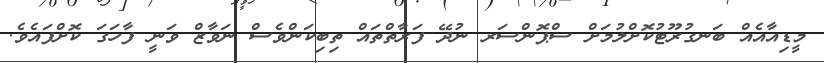
މީޑިއާއެއް ބަނގުރޫޓުކޮށްލުމަށް ސްޕޮންސަރ ނުދޭ ފަރާތްތައް ތިބިކަންވެސް ނަވާޒް ވަނީ ފާހަގަ ކޮށްފައެވެ.